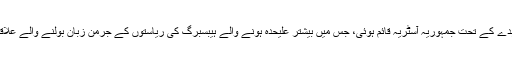
لائے کے معاہدے کے تحت جمہوریہ آسٹریہ قائم ہوئی، جس میں بیشتر علیحدہ ہونے والے ہیبسبرگ کی ریاستوں کے جرمن زبان بولنے والے علاقے شامل تھے۔